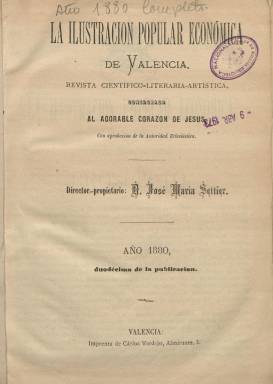
Título: La Ilustración popular económica de Valencia
Colección: Revistas de información general
Ámbito geográfico: Valencia
Lugar de publicación: Valencia
Fechas: 01/01/1880-20/12/1882

Esta publicación es continuación de la Ilustración popular económica, nacida para combatir desde el carlismo la Revolución de 1868 (La Gloriosa). Como la anterior, sigue editándose en Valencia cada diez días aunque ha cambiado de propietario, que ahora es José María Settier Gimeno, quien es también su director. Lo que no ha cambiado es su línea editorial, pues mantiene en plena Restauración borbónica su defensa a ultranza del catolicismo pese a la posición más conciliadora con el liberalismo que irá adoptando el nuevo Papa León XIII.

   En el prospecto de su primer número, de 1 de enero de 1880, ya anuncia sus intenciones: “La Ilustración popular ha trabajado pues, sin tregua ni descanso, para sostener los derechos de la Religión Católica y de todos los católicos sin calificativos, con el Vicario de Cristo a su cabeza. Combatiendo a esos católico-revolucionarios o católico-liberales, como ellos se titulan, pero que llámense como se quiera no son más que enemigos embozados del Catolicismo y de toda religión”.

    En estos años la lucha dentro de la prensa católica es encarnizada y no cesará ni con la derrota del carlismo en el campo de batalla. La Constitución de 1876, aunque consagraba el catolicismo como religión del Estado, amparaba la libertad de cultos y es la mecha que enciende esta división.

  Con 16 páginas por número a dos columnas, la publicación dedica amplio espacio a recoger las declaraciones, cartas y encíclicas papales, así como las declaraciones de los obispos españoles, y a informar de las vicisitudes de la Iglesia católica en el mundo. También dedica una sección a la poesía y otra a leyendas y tradiciones, ambas con una orientación religiosa y moral, así como una sección a las Ciencias, Artes e Industria. Buena parte de sus colaboradores eran sacerdotes.

   En el número de 1 de febrero de 1880, tras dar cuenta de la constitución de una asociación espiritual que se está extendiendo por toda España y cuyo objeto es conseguir la conversión de los francmasones (muchos políticos del momento lo eran), se publica un artículo bajo el epígrafe ‘Historia Clínica de la Clerofobia’ en la que se describe el anticlericalismo como una enfermedad epidémica importada de Francia en el siglo XVIII y aclimatada en España por los afrancesados que apadrinaron la Constitución de 1812.

  La publicación informaba también ampliamente de los robos y sacrilegios que se producían en las parroquias y centros religiosos de España. Así, en una sección titulada ‘Variedades’, bajo el título de ‘Civilización moderna’, señala en su número de 20 de marzo de 1880: “continúa progresando el plan de robo de todas las iglesias de España; su marcha magestuosa no bastan a estorbarla ni el poder de la guardia civil, ni la policía, ni los municipales ni ninguno de los remedios que la nueva ilustración tiene para moralizar a la sociedad”.

   El último número que conserva la BNE es de diciembre de 1882. Era presidente del Gobierno entonces el liberal Sagasta, destacado miembro de la Masonería en ese momento, por lo que es previsible que no le fuera muy bien a la revista, al menos, en el mundo oficial.

[Descripción publicada el 14/6/2018]